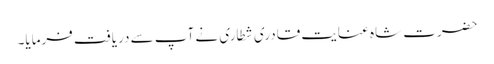
حضرت شاہ عنایت قادری شطاری نے آپ سے دریافت فرمایا۔